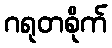
ဂရုတစိုက်